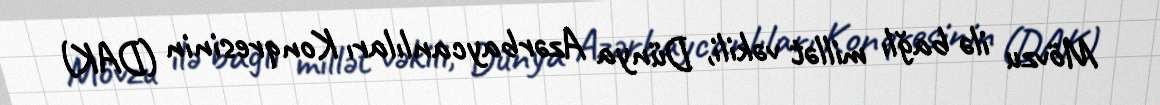
Mövzu ilə bağlı millət vəkili, Dünya Azərbaycanlıları Konqresinin (DAK)